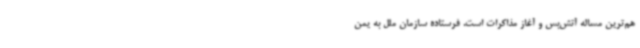
هم‌ترین مساله آتش‌بس و آغاز مذاکرات است. فرستاده سازمان ملل به یمن